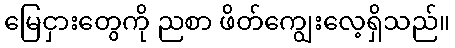
မြေငှားတွေကို ညစာ ဖိတ်ကျွေးလေ့ရှိသည်။